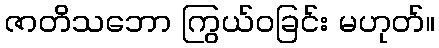
ဇာတိသဘော ကြွယ်ဝခြင်း မဟုတ်။